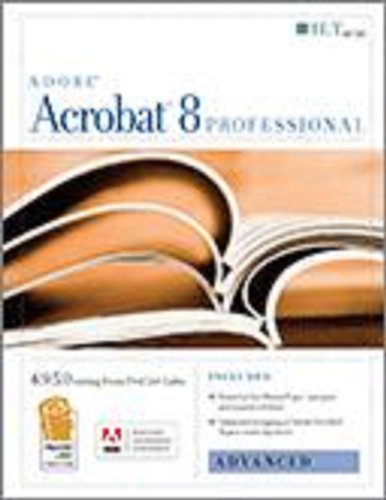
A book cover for Acrobat 8 Professional: Advanced, Ace Edition + Certblaster, Student Manual (ILT); Axzo Press; Computers & Technology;